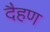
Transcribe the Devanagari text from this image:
दैहण